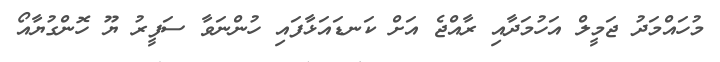
މުހައްމަދު ޖަމީލް އަހުމަދާއި ރާއްޖެ އަށް ކަނޑައަޅާފައި ހުންނަވާ ސަފީރު ޔޫ ހޮންގުޔާއޯ